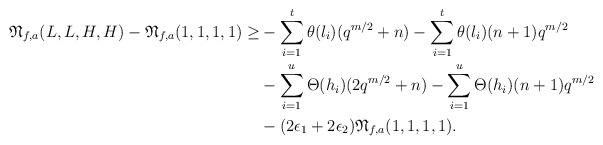
LaTeX: \begin{align*}\mathfrak{N}_{f, a}(L, L, H, H)-\mathfrak{N}_{f, a}(1, 1, 1, 1) \geq & -\sum_{i=1}^t\theta(l_i)(q^{m/2}+n) -\sum_{i=1}^t\theta(l_i)(n+1)q^{m/2} \\ & -\sum_{i=1}^u\Theta(h_i)(2q^{m/2}+n) -\sum_{i=1}^u\Theta(h_i)(n+1)q^{m/2} \\ & -(2\epsilon_1+2\epsilon_2)\mathfrak{N}_{f, a}(1, 1, 1, 1).\end{align*}